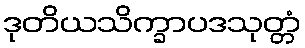
ဒုတိယသိက္ခာပဒသုတ္တံ